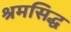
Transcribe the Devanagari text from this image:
श्रमसिद्ध